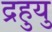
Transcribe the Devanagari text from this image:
द्रहुयु